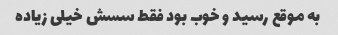
به موقع رسید و خوب بود فقط سسش خیلی زیاده